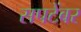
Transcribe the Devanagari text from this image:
सपटेंबर